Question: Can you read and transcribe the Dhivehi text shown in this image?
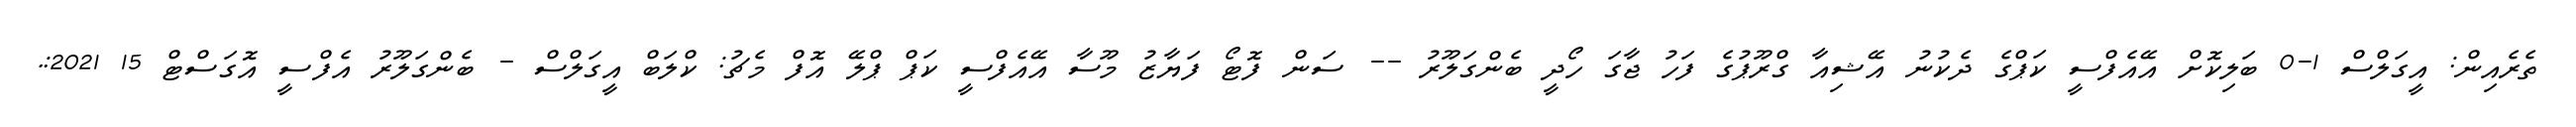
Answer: ތެރެއިން: އީގަލްސް 1-0 ބަލިކޮށް އޭއެފްސީ ކަޕްގެ ދެކުނު އޭޝިއާ ގްރޫޕުގެ ފަހު ޖާގަ ހޯދީ ބެންގަލޫރު -- ސަން ފޮޓޯ ފަޔާޒު މޫސާ އޭއެފްސީ ކަޕް ޕްލޭ އޮފް މެޗު: ކްލަބް އީގަލްސް - ބެންގަލޫރު އެފްސީ އޮގަސްޓް 15 2021:.